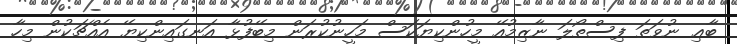
ބާޢި ނުވަތަ ފިސްތޯލަ ނާޒިމުއޭ މީހުންކިޔަކަސް މަހީނުކުރަން މިބޭފުޅާ އަނގައިންކިޔޭ އެއްޗަކުން މިހާ